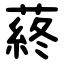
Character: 蔠